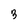
Character: 3